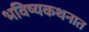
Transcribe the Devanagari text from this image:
भविष्यकथनात